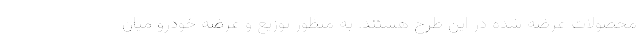
محصولات عرضه شده در این طرح هستند. به منظور توزیع و عرضه خودرو میان